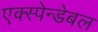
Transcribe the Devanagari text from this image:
एक्स्पेन्डेबल